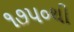
૧૭૫૦થી